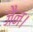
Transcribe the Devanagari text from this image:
जैन।